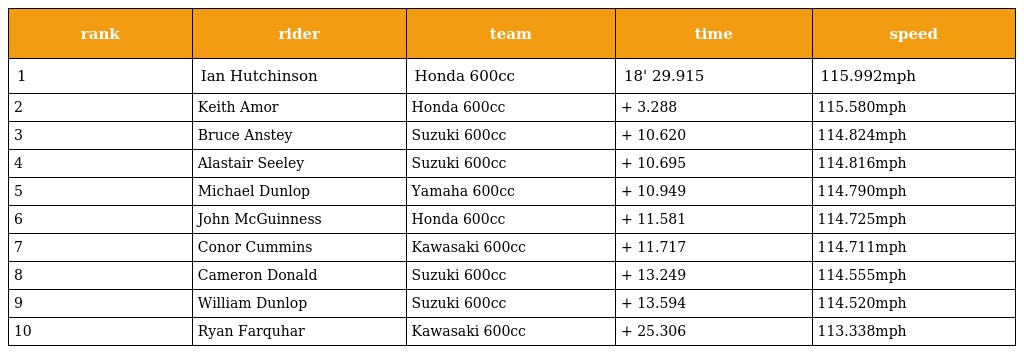
| rank | rider | team | time | speed |
 | --- | --- | --- | --- | --- |
 | 1 | Ian Hutchinson | Honda 600cc | 18' 29.915 | 115.992mph |
 | 2 | Keith Amor | Honda 600cc | + 3.288 | 115.580mph |
 | 3 | Bruce Anstey | Suzuki 600cc | + 10.620 | 114.824mph |
 | 4 | Alastair Seeley | Suzuki 600cc | + 10.695 | 114.816mph |
 | 5 | Michael Dunlop | Yamaha 600cc | + 10.949 | 114.790mph |
 | 6 | John McGuinness | Honda 600cc | + 11.581 | 114.725mph |
 | 7 | Conor Cummins | Kawasaki 600cc | + 11.717 | 114.711mph |
 | 8 | Cameron Donald | Suzuki 600cc | + 13.249 | 114.555mph |
 | 9 | William Dunlop | Suzuki 600cc | + 13.594 | 114.520mph |
 | 10 | Ryan Farquhar | Kawasaki 600cc | + 25.306 | 113.338mph |